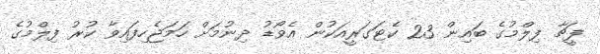
ފީޗާ ފިލްމުގެ ބައިން 23 ކެޓަގަރީއަކުން އެވޯޑު ދިނުމަށް ހަމަޖެހިފައިވާ ކުރު ފިލްމުގެ